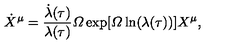
\dot { X } ^ { \mu } = \frac { \dot { \lambda } ( \tau ) } { \lambda ( \tau ) } { \mit \Omega } \exp [ { \mit \Omega } \ln ( \lambda ( \tau ) ) ] X ^ { \mu } ,